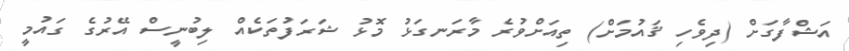
އަޝްފާގަށް (ދިވެހި ޤައުމަށް) ތިއަށްވުރެ މާރަނގަޅު މޮޅު ޝަރަފުތަކެއް ލިބުނީސް އޭރުގެ ގައުމީ